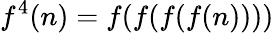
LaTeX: f^{4}(n)=f(f(f(f(n))))